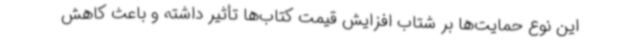
این نوع حمایت‌ها بر شتاب افزایش قیمت کتاب‌ها تأثیر داشته و باعث کاهش